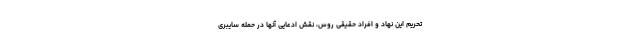
تحریم‌ این نهاد و افراد حقیقی روس، نقش ادعایی آنها در حمله سایبری